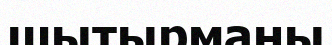
шытырманы